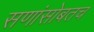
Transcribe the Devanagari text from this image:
सणांसोबतच